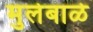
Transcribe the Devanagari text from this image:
मुलेबाळे